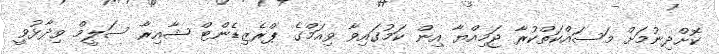
ކޮށްދިނުމަށް މަސައްކަތްކުރާ ޖަމިއްޔާ އިން ކަމުގައިވާ ވިއަމްގެ ޕްރެޒިޑެންޓް ޝާއިރާ ސަލީމް ވިދާޅުވީ